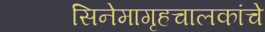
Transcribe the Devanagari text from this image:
सिनेमागृहचालकांचे